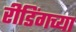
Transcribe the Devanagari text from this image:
रीडिंगच्या